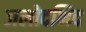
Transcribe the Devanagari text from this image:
जलोदभिद